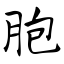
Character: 胞